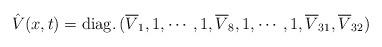
LaTeX: \begin{align*}\hat{V}(x,t) = {\rm diag.}\,(\overline{V}_{1},1,\cdots,1,\overline{V}_{8},1,\cdots ,1,\overline{V}_{31},\overline{V}_{32})\end{align*}